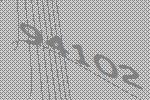
94102